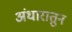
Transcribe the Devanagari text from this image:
अंधारातुन